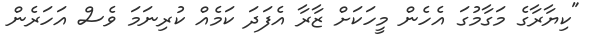
"ކިޔާރާގެ މަގާމުގަ އެހެން މީހަކަށް ޒާރާ އެފަދަ ކަމެއް ކުރިނަމަ ވެސް އަހަރެން